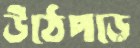
উঠেপড়ে